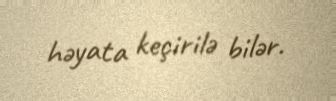
həyata keçirilə bilər.